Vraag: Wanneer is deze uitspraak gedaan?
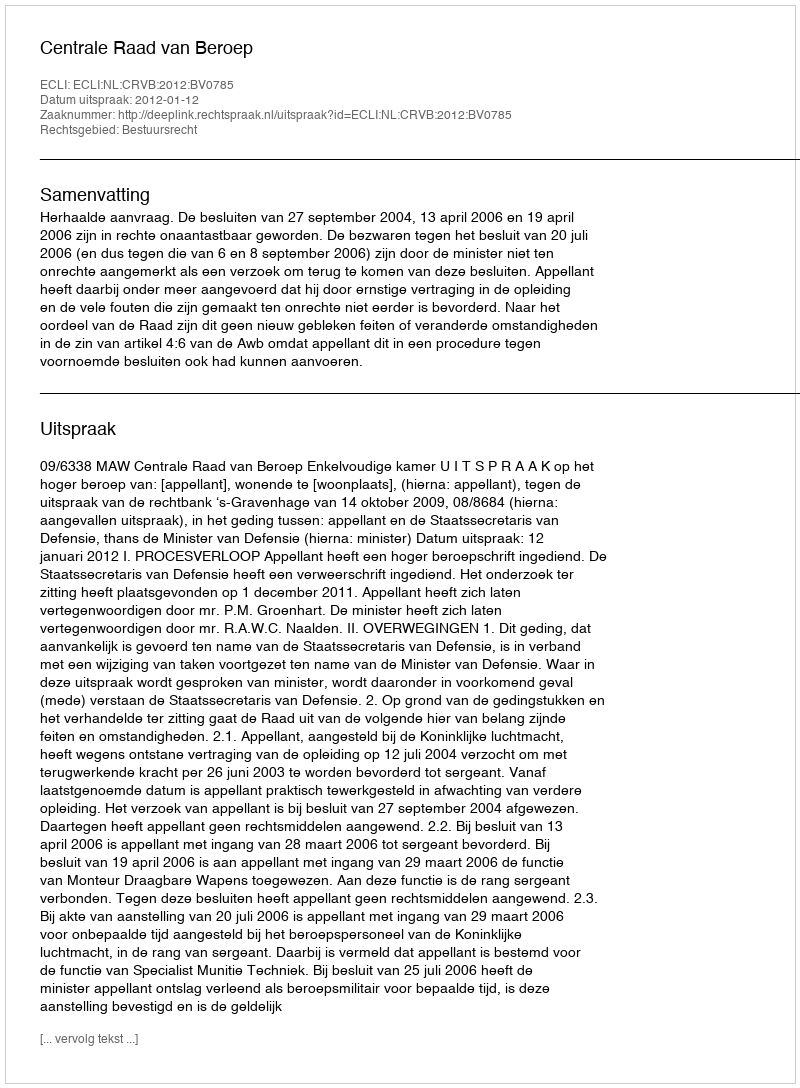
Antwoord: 2012-01-12